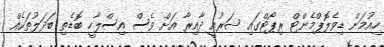
ހިއުމަން ޑިވެލޮޕްމެންޓް ރިޕޯޓްގައި ޝަރުއީ ދާއިރާ އަށް ވެސް އިސްލާހީ ބޮޑެތި ބަދަލުތަކެއް